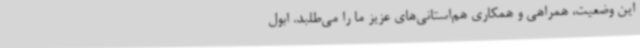
این وضعیت، همراهی و همکاری هم‌استانی‌های عزیز ما را می‌طلبد. ابول